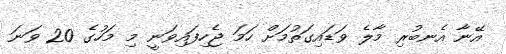
އޭނާ އެނބުރި މާލެ ވަޑައިގަތުމަށް ހަމަ ޖެހިފައިވަނީ މި މަހުގެ 20 ވަނަ